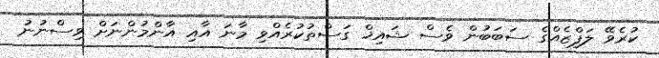
ކުރެވޭ ލަފްޒެއްގެ ސަބަބުން ވެސް ޝައިޚް ގަސްތުކުރެއްވި މާނަ އާއި އާންމުންނަށް ވިސްނުނު